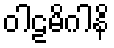
ဝါဠမိဂါနိ